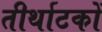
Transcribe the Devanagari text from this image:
तीर्थाटकों